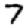
Digit: 7